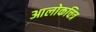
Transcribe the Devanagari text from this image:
आलोकचित्र